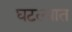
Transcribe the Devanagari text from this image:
घटल्यात